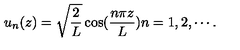
u _ { n } ( z ) = \sqrt { \frac { 2 } { L } } \cos ( \frac { n \pi z } { L } ) n = 1 , 2 , \cdots .